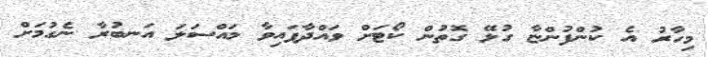
މިހާރު އެ ކުންފުންޏާ ގުޅޭ ގޮތުން ކޯޓަށް ވައްދާފައިވާ މައްސަލަ އަނބުރާ ނެގުމަށް